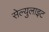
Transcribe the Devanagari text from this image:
सेल्युलाइट